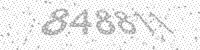
Solution: 848811